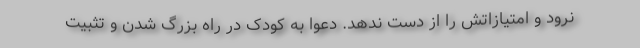
نرود و امتیازاتش را از دست ندهد. دعوا به کودک در راه بزرگ شدن و تثبیت